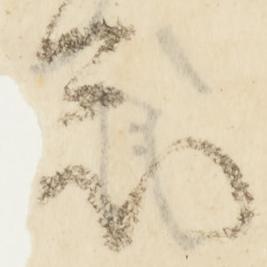
忩